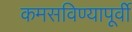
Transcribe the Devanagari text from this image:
कमसविण्यापूर्वी